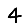
Digit: 4